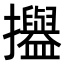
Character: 𢹳